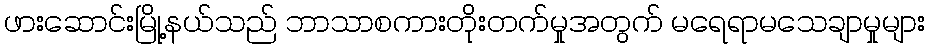
ဖားဆောင်းမြို့နယ်သည် ဘာသာစကားတိုးတက်မှုအတွက် မရေရာမသေချာမှုများ